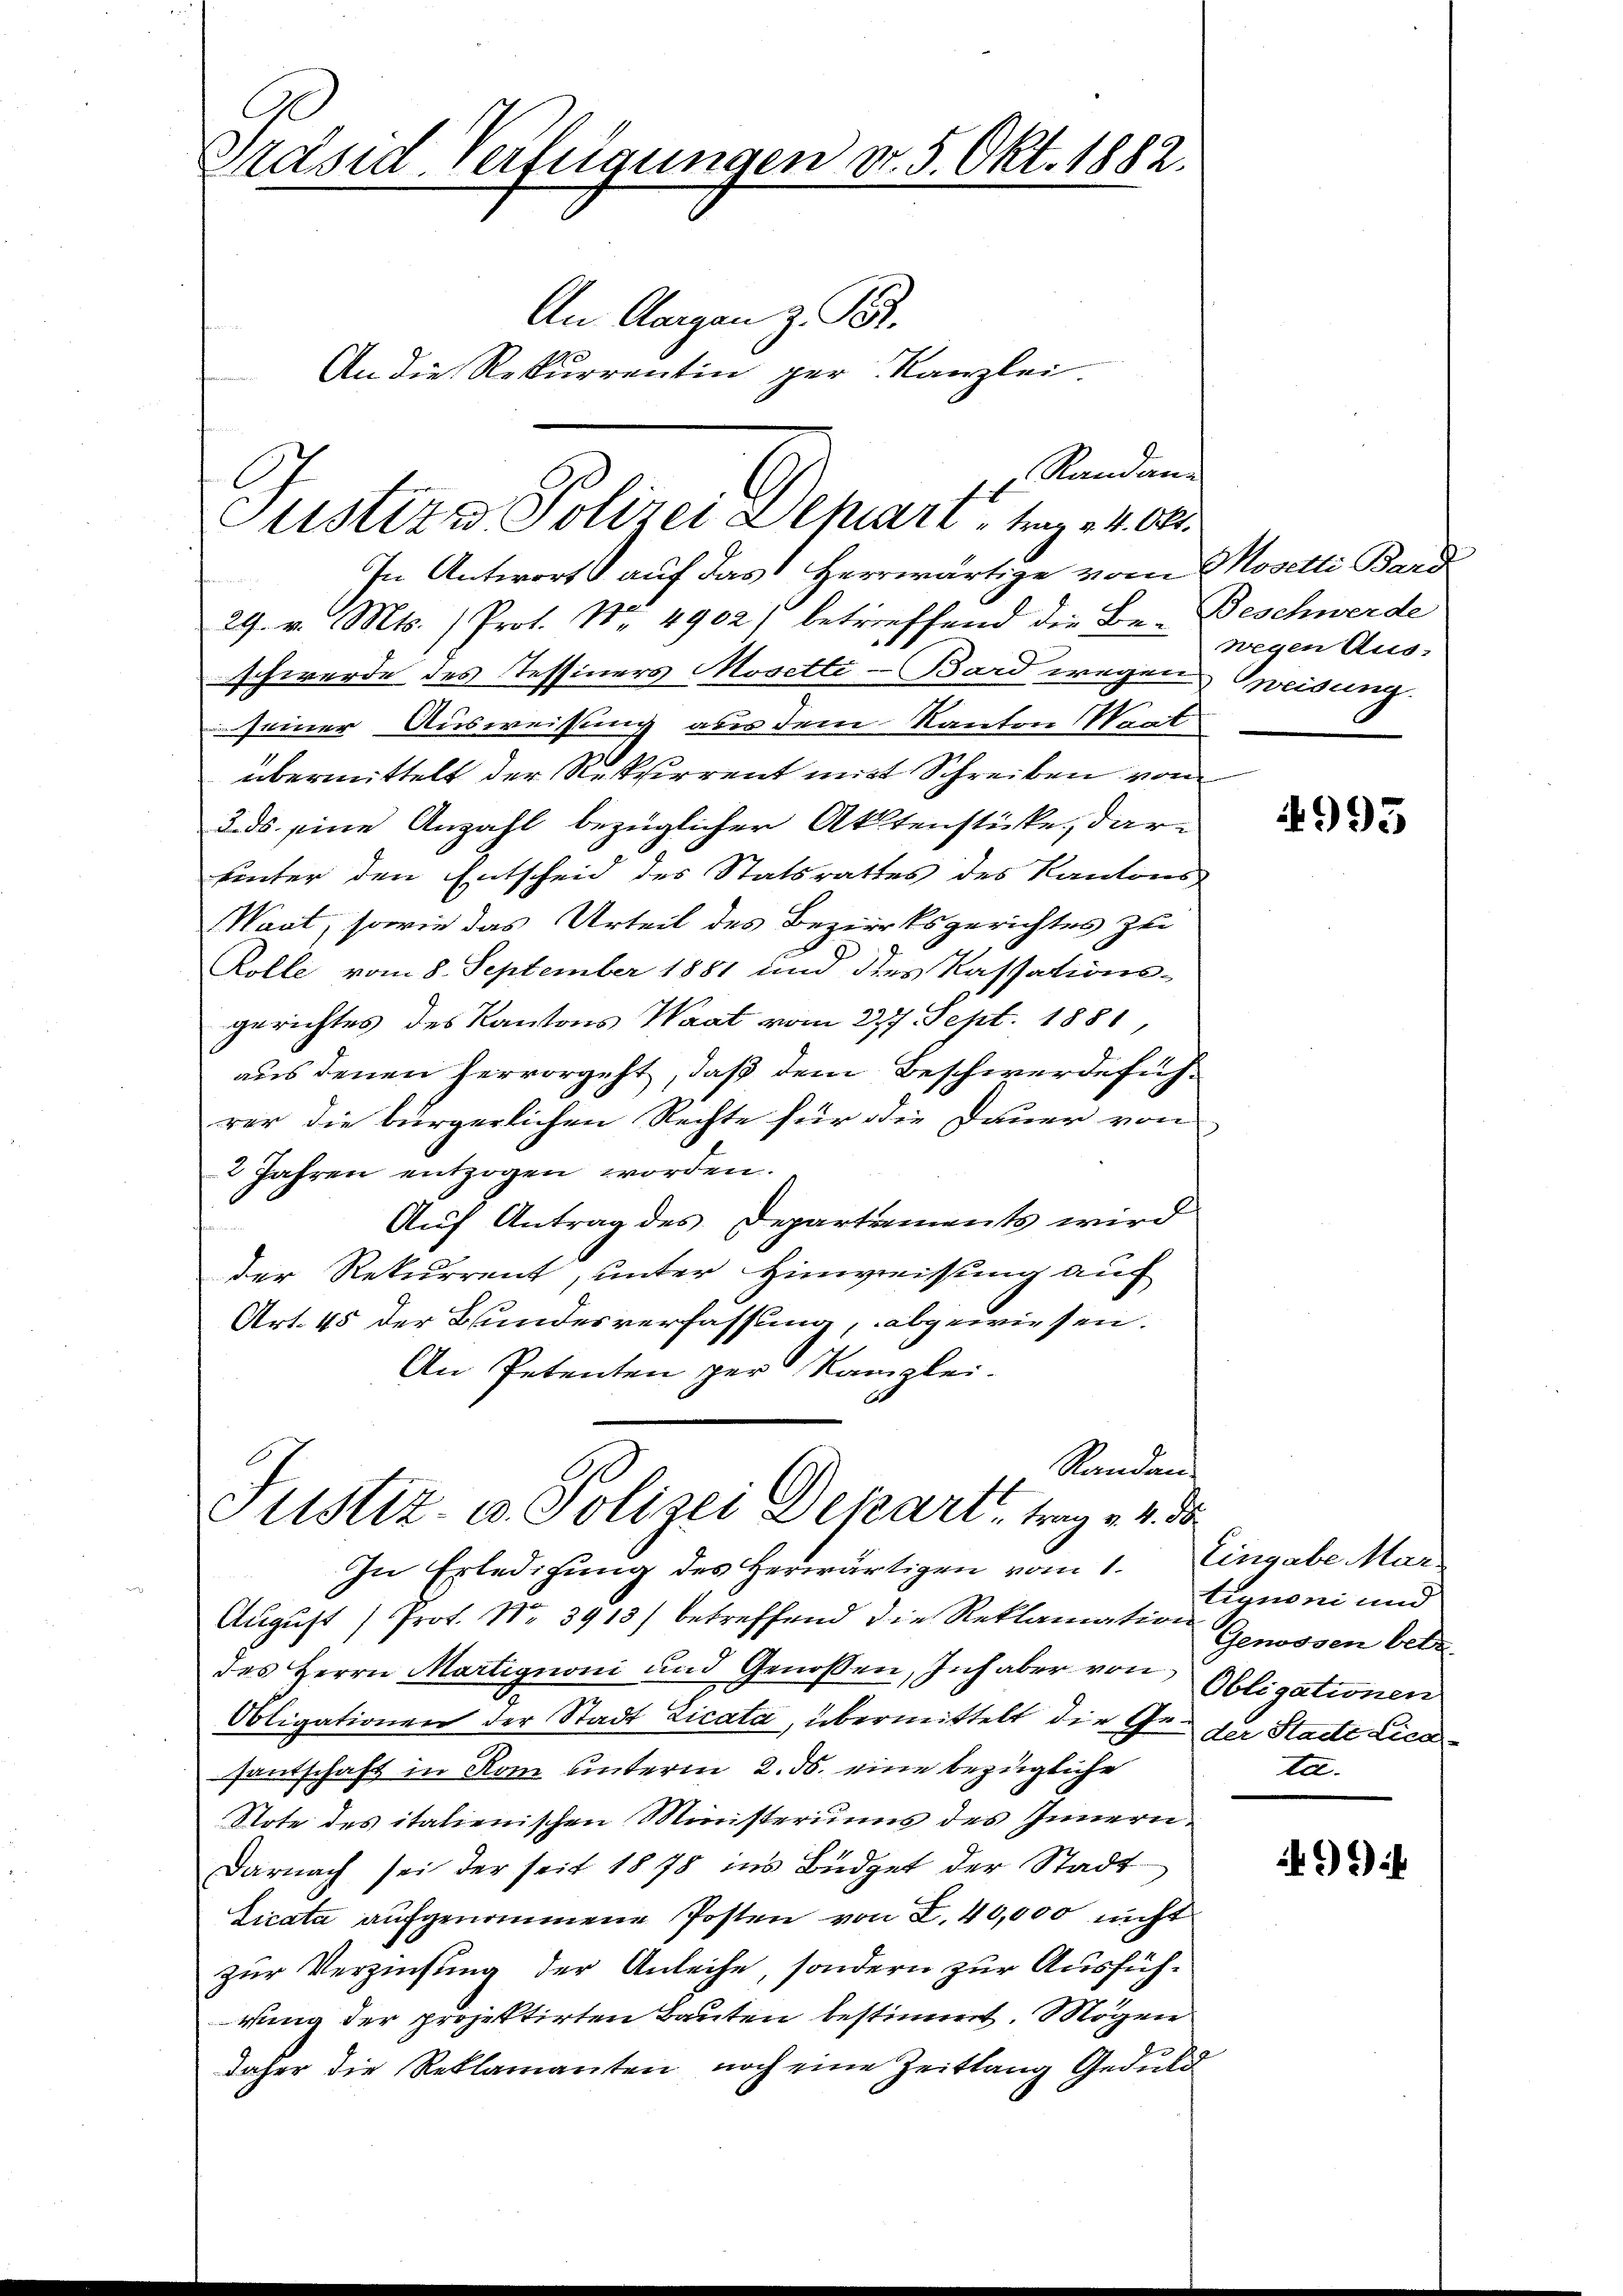
Präsid Verfügungen d. 5. Okt. 1882.
An Aargau z. B.
An die Rekurrentin per Kanzlei.

In Antwort auf das Herrwärtige vom Mosetti Bard
29. v. Mts. (Prot. No. 4902) betreffend die Be- Beschwerde
schwerde des Tessiners Mosetti-Bard wegen
seiner Ausweisung aus dem Kanton Waat
übermittelt der Rekurrent mit Schreiben vom
3. ds. eine Anzahl bezüglicher Aktenstücke, daruinter den Entscheid des Statsrathes des Kantons
Waat, sowie das Urteil des Bezirksgerichtes zu
Rolle vom 8. September 1881 und des Kassations-
gerichtes des Kantons Waat vom 277. Sept. 1881,
aus denen hervorgeht, daß dem Beschwerdeführer die bürgerlichen Rechte für die Dauer von
2 Jahren entzogen worden.
Auf Antrag des Departements wird
der Rekurrent, unter Hinweisung auch
Art. 45 der Bundesverfassung, abgewiesen.
An Petenten per Kanzlei-
Randan
A
Justiz- u. Polizei Depart, trag v. 4.
In Erledigung des Herwärtigen vom 1. Eingabe Mar
August Prot. Nr. 3913) betreffend die Reklamation Genossen betr
des Herrn Martignoni und Genossen, Inhaber von Obligationen
Obligationen der Stadt Licata, übermittelt die Ge- zu Stadt Licasantschaft in Rom unterm 2. ds. eine bezügliche
Note des italienischen Ministeriums des Innern
Darnach sei der seit 1878 ins Büdget der Stadt
Licata aufgenommene Posten von E. 40,000 nicht
zur Verzinsung der Anleihe, sondern zur Ausführung der projektirten Bauten bestimmt. Mögen
daher die Reklamanten noch eine Zeitlang Geduld

Justizr Polizei Schart trag v. 4. Okt.

Randaue

wegen Aus-
weisung

4995

tignoni und
ta.

499) i